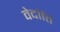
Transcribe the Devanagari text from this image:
वेदांति